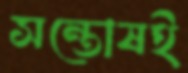
সন্তোষই